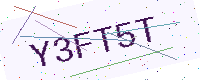
Text: Y3FT5T